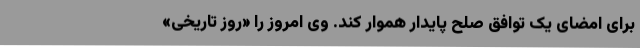
برای امضای یک توافق صلح پایدار هموار کند. وی امروز را «روز تاریخی»